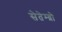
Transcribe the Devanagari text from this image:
सेतेम्ब्रो